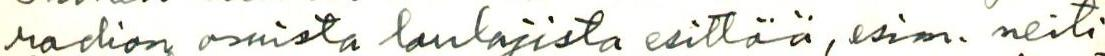
radion omista laulajista esittää, esim. neiti